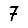
Digit: 7